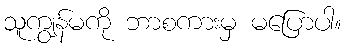
သူကျွန်မကို ဘာစကားမှ မပြောပါ။